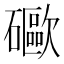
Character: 𥗄